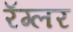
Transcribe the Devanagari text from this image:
रॅग्लर